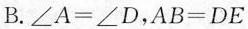
B.$$ ∠A = ∠D $$，$$ AB = DE $$